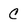
Character: C